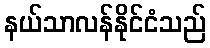
နယ်သာလန်နိုင်ငံသည်